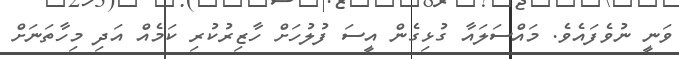
ވަނީ ނުވެފައެވެ. މައްސަލައާ ގުޅިގެން އީސަ ފުލުހަށް ހާޒިރުކުރި ކަމެއް އަދި މިހާތަނަށް